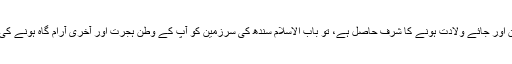
مرکز اولیاء ملتان پنجاب (کے نزدیک چنی گوٹھ)کو آپ کے آبائی وطن اور جائے ولادت ہونے کا شرف حاصل ہے، تو باب الاسلام سندھ کی سرزمین کو آپ کے وطن ہجرت اور آخری آرام گاہ ہونے کی سعادت ہے، جبکہ آپ کی دینی تبلیغی خدمات کا دائرہ بہت وسیع ہے۔